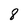
Character: 8